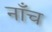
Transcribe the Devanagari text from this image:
नाँच